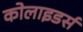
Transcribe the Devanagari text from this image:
कोलाइडर्स